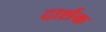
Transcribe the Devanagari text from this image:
दार्शक